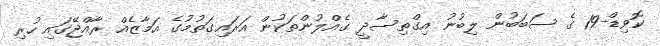
ކޮވިޑް-19 ގެ ސަބަބުން ލިބުނު އިގްތިސާދީ ގެއްލުންތަކުން އަރައިގަތުމުގެ އަމާޒެއް ރާއްޖޭގައި ހުރި